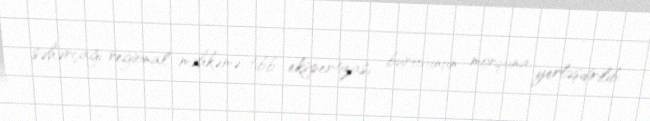
səhərçağı regional məhkəmə-tibb ekspertizası bürosunun morquna yerləşdirilib.